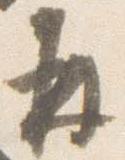
并